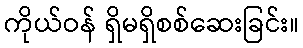
ကိုယ်ဝန် ရှိမရှိစစ်ဆေးခြင်း။